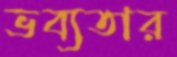
ভব্যতার